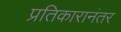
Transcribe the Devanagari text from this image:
प्रतिकारानंतर